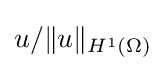
u/\|u\|_{H^{1}(\Omega )}